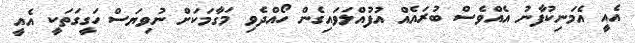
އެއީ އެމަނިކުފާނު އެއްވެސް ބުރައެއް އުފުއްލަވައިގެން ހޯއްދެވި މަގާމަކަށް ނުވިޔަސް ހަގީގަތަކީ އެއީ